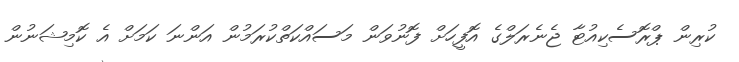
ކުރިން ޕްރޮސެކިއުޓާ ޖެނެރަލްގެ އޮފީހަށް ފޮނުވަން މަސައްކަތްކުރަމުން އަންނަ ކަމަށް އެ ކޮމިޝަނުން